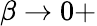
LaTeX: \beta\to 0+